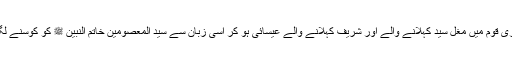
ہماری قوم میں مغل سید کہلانے والے اور شریف کہلانے والے عیسائی ہو کر اسی زبان سے سید المعصومین خاتم النبین ﷺ کو کوسنے لگے۔